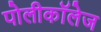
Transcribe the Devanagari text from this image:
पोलीकॉलेज